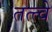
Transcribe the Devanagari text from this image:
तत्‍त्‍वे